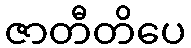
ဇာတီတိပေ